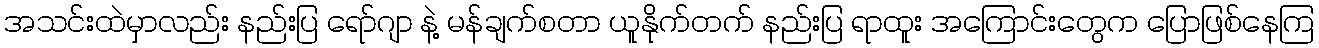
အသင်းထဲမှာလည်း နည်းပြ ရော်ဂျာ နဲ့ မန်ချက်စတာ ယူနိုက်တက် နည်းပြ ရာထူး အကြောင်းတွေက ပြောဖြစ်နေကြ